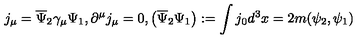
j _ { \mu } = \overline { { \Psi } } _ { 2 } \gamma _ { \mu } \Psi _ { 1 } , \partial ^ { \mu } j _ { \mu } = 0 , \left( \overline { { \Psi } } _ { 2 } \Psi _ { 1 } \right) : = \int j _ { 0 } d ^ { 3 } x = 2 m ( \psi _ { 2 } , \psi _ { 1 } ) \,